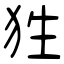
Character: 狌